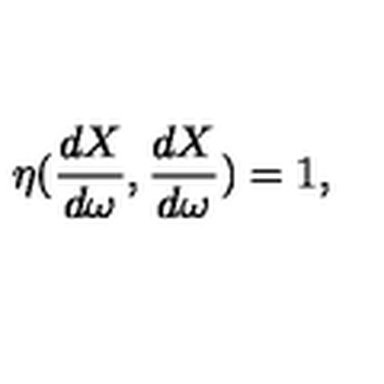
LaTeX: \eta ( \frac { d X } { d \omega } , \frac { d X } { d \omega } ) = 1 ,